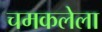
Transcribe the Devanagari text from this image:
चमकलेला